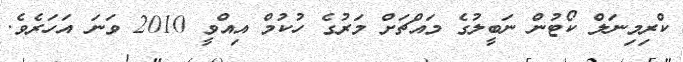
ކްރިމިނަލް ކޯޓުން ނަބީލުގެ މައްޗަށް މަރުގެ ހުކުމް އިއްވީ 2010 ވަނަ އަހަރެވެ.